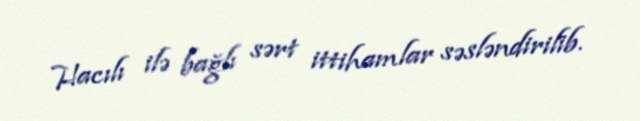
Hacılı ilə bağlı sərt ittihamlar səsləndirilib.